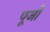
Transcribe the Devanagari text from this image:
पूर्जों